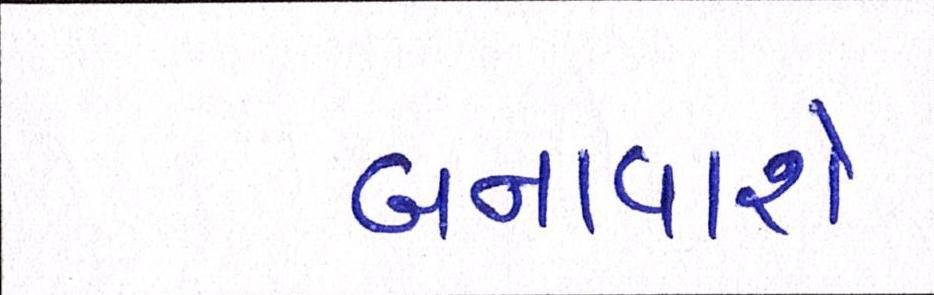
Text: બનાવાશે